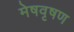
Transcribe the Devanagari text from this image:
मेषवृषण